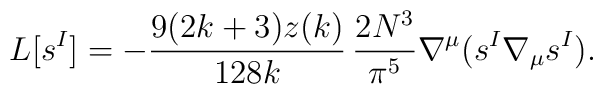
L[s^I] = - \frac{9(2k+3)z(k)}{128k} \, \frac{2N^3}{\pi^5} \nabla^\mu (s^I \nabla_\mu s^I).